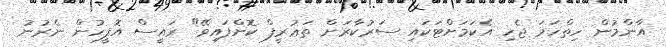
އާންމުން ހިތްހަމަ ޖެހި އެކަމަށްޓަކައި ސަރުކާރަށް ތަޢުރީފް ކޮށްފައިވޭ" ރައީސް އޮފީހުން ނެރުނު